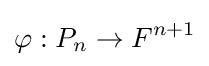
\varphi :P_{n}\to F^{n+1}